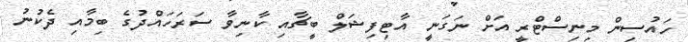
ހައުސިން މިނިސްޓްރީ އަށް ނަގަނީ އާޓިފިޝަލް ބީޗާއި ކާނިވާ ސަރަހައްދުގެ ބިމާއި ދެކުނު